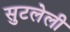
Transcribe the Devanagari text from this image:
सुटलेली